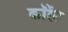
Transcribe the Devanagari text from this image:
कॉरेंट